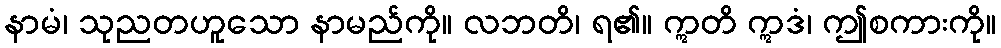
နာမံ၊ သုညတဟူသော နာမည်ကို။ လဘတိ၊ ရ၏။ ဣတိ ဣဒံ၊ ဤစကားကို။